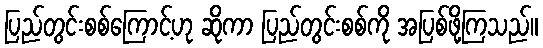
ပြည်တွင်းစစ်ကြောင့်ဟု ဆိုကာ ပြည်တွင်းစစ်ကို အပြစ်ဖို့ကြသည်။